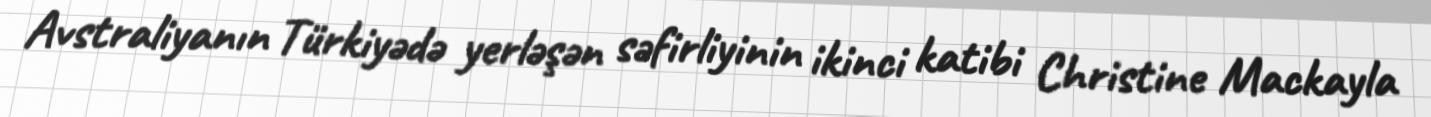
Avstraliyanın Türkiyədə yerləşən səfirliyinin ikinci katibi Christine Mackayla